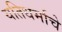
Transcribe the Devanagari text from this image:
यतिधर्माचे